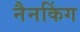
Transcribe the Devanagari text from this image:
नैनकिंग